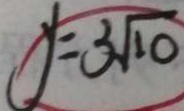
y = 3 \sqrt { 1 0 }